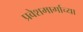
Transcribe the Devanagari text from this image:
प्रवेशमार्गाच्या